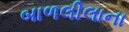
બાળલીલાના